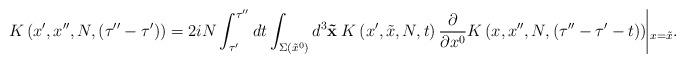
LaTeX: \begin{align*}K \left( x', x'', N, (\tau''-\tau')\right) = 2 i N\int_{\tau'}^{\tau''} d t \int_{\Sigma(\tilde{x}^0)} d^3 {\bf\tilde{x}} \hspace{0.25em} K \left( x', \tilde{x}, N, t\right)\frac{\partial}{\partial x^0} K \left( x, x'', N, (\tau''-\tau'-t ) \right) \vline_{x=\tilde{x}}.\end{align*}